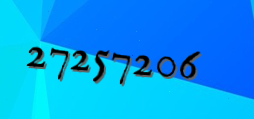
27257206